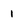
Character: 1